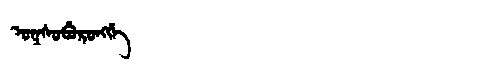
Manchu: ᠣᡴᠰᠣᠪᡠᡵᠣᠩᡤᡝ
Romanization: OKSOBURONGGE